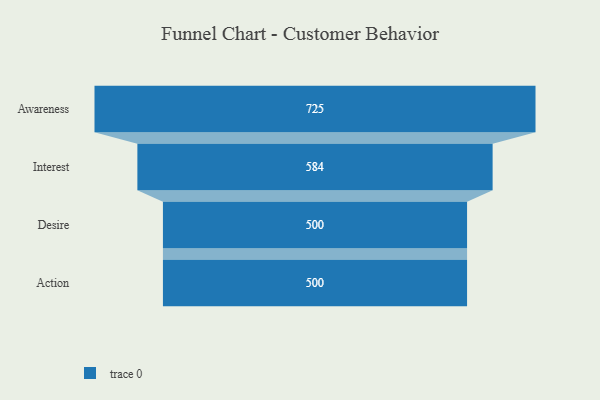
{"axis": {"x": "Stage", "y": "Value"}, "legend": [""], "data": [{"x": "Awareness", "y": 725.0, "type": ""}, {"x": "Interest", "y": 584.0, "type": ""}, {"x": "Desire", "y": 500, "type": ""}, {"x": "Action", "y": 500, "type": ""}]}